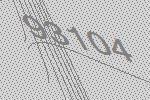
93104